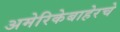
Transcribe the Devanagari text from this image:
अमेरिकेबाहेरचे